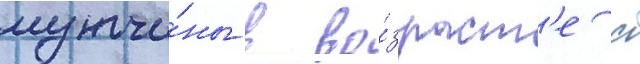
мужчи́ны в во́зраст'е с